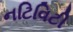
નટિવિટી